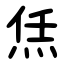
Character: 㶵